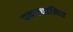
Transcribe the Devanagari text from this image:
पवनचालित